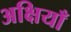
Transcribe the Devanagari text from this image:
अक्षियाँ